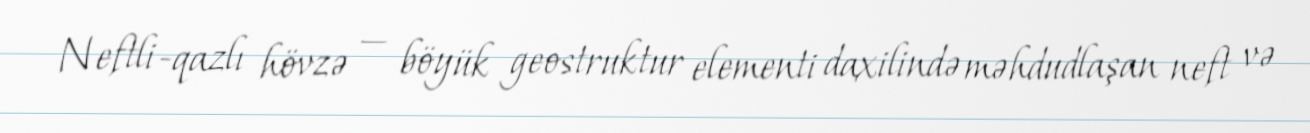
Neftli-qazlı hövzə — böyük geostruktur elementi daxilində məhdudlaşan neft və